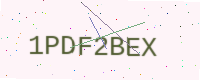
Text: 1PDF2BEX